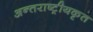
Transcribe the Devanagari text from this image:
अन्तराष्ट्रीयकृत